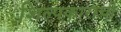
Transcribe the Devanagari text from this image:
शिल्पकाराची